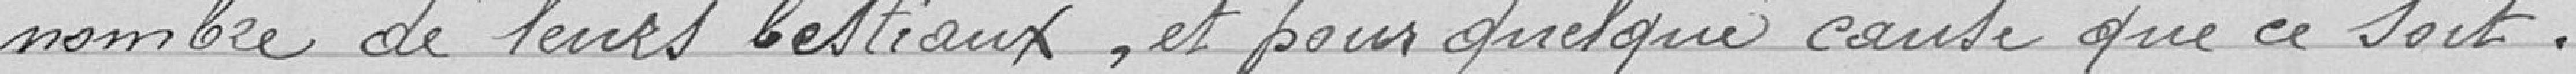
nombre de leurs bestiaux, et pour quelque cause que ce soit.